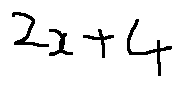
2 x + 4